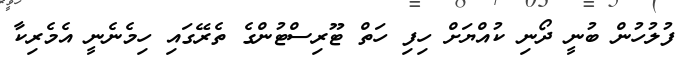
ފުލުހުން ބުނީ ދޯނި ކުއްޔަށް ހިފި ހަތް ޓޫރިސްޓުންގެ ތެރޭގައި ހިމެނެނީ އެމެރިކާ